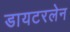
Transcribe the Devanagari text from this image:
डायटरलेन